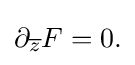
\displaystyle {\partial _{\overline {z}}F=0.}